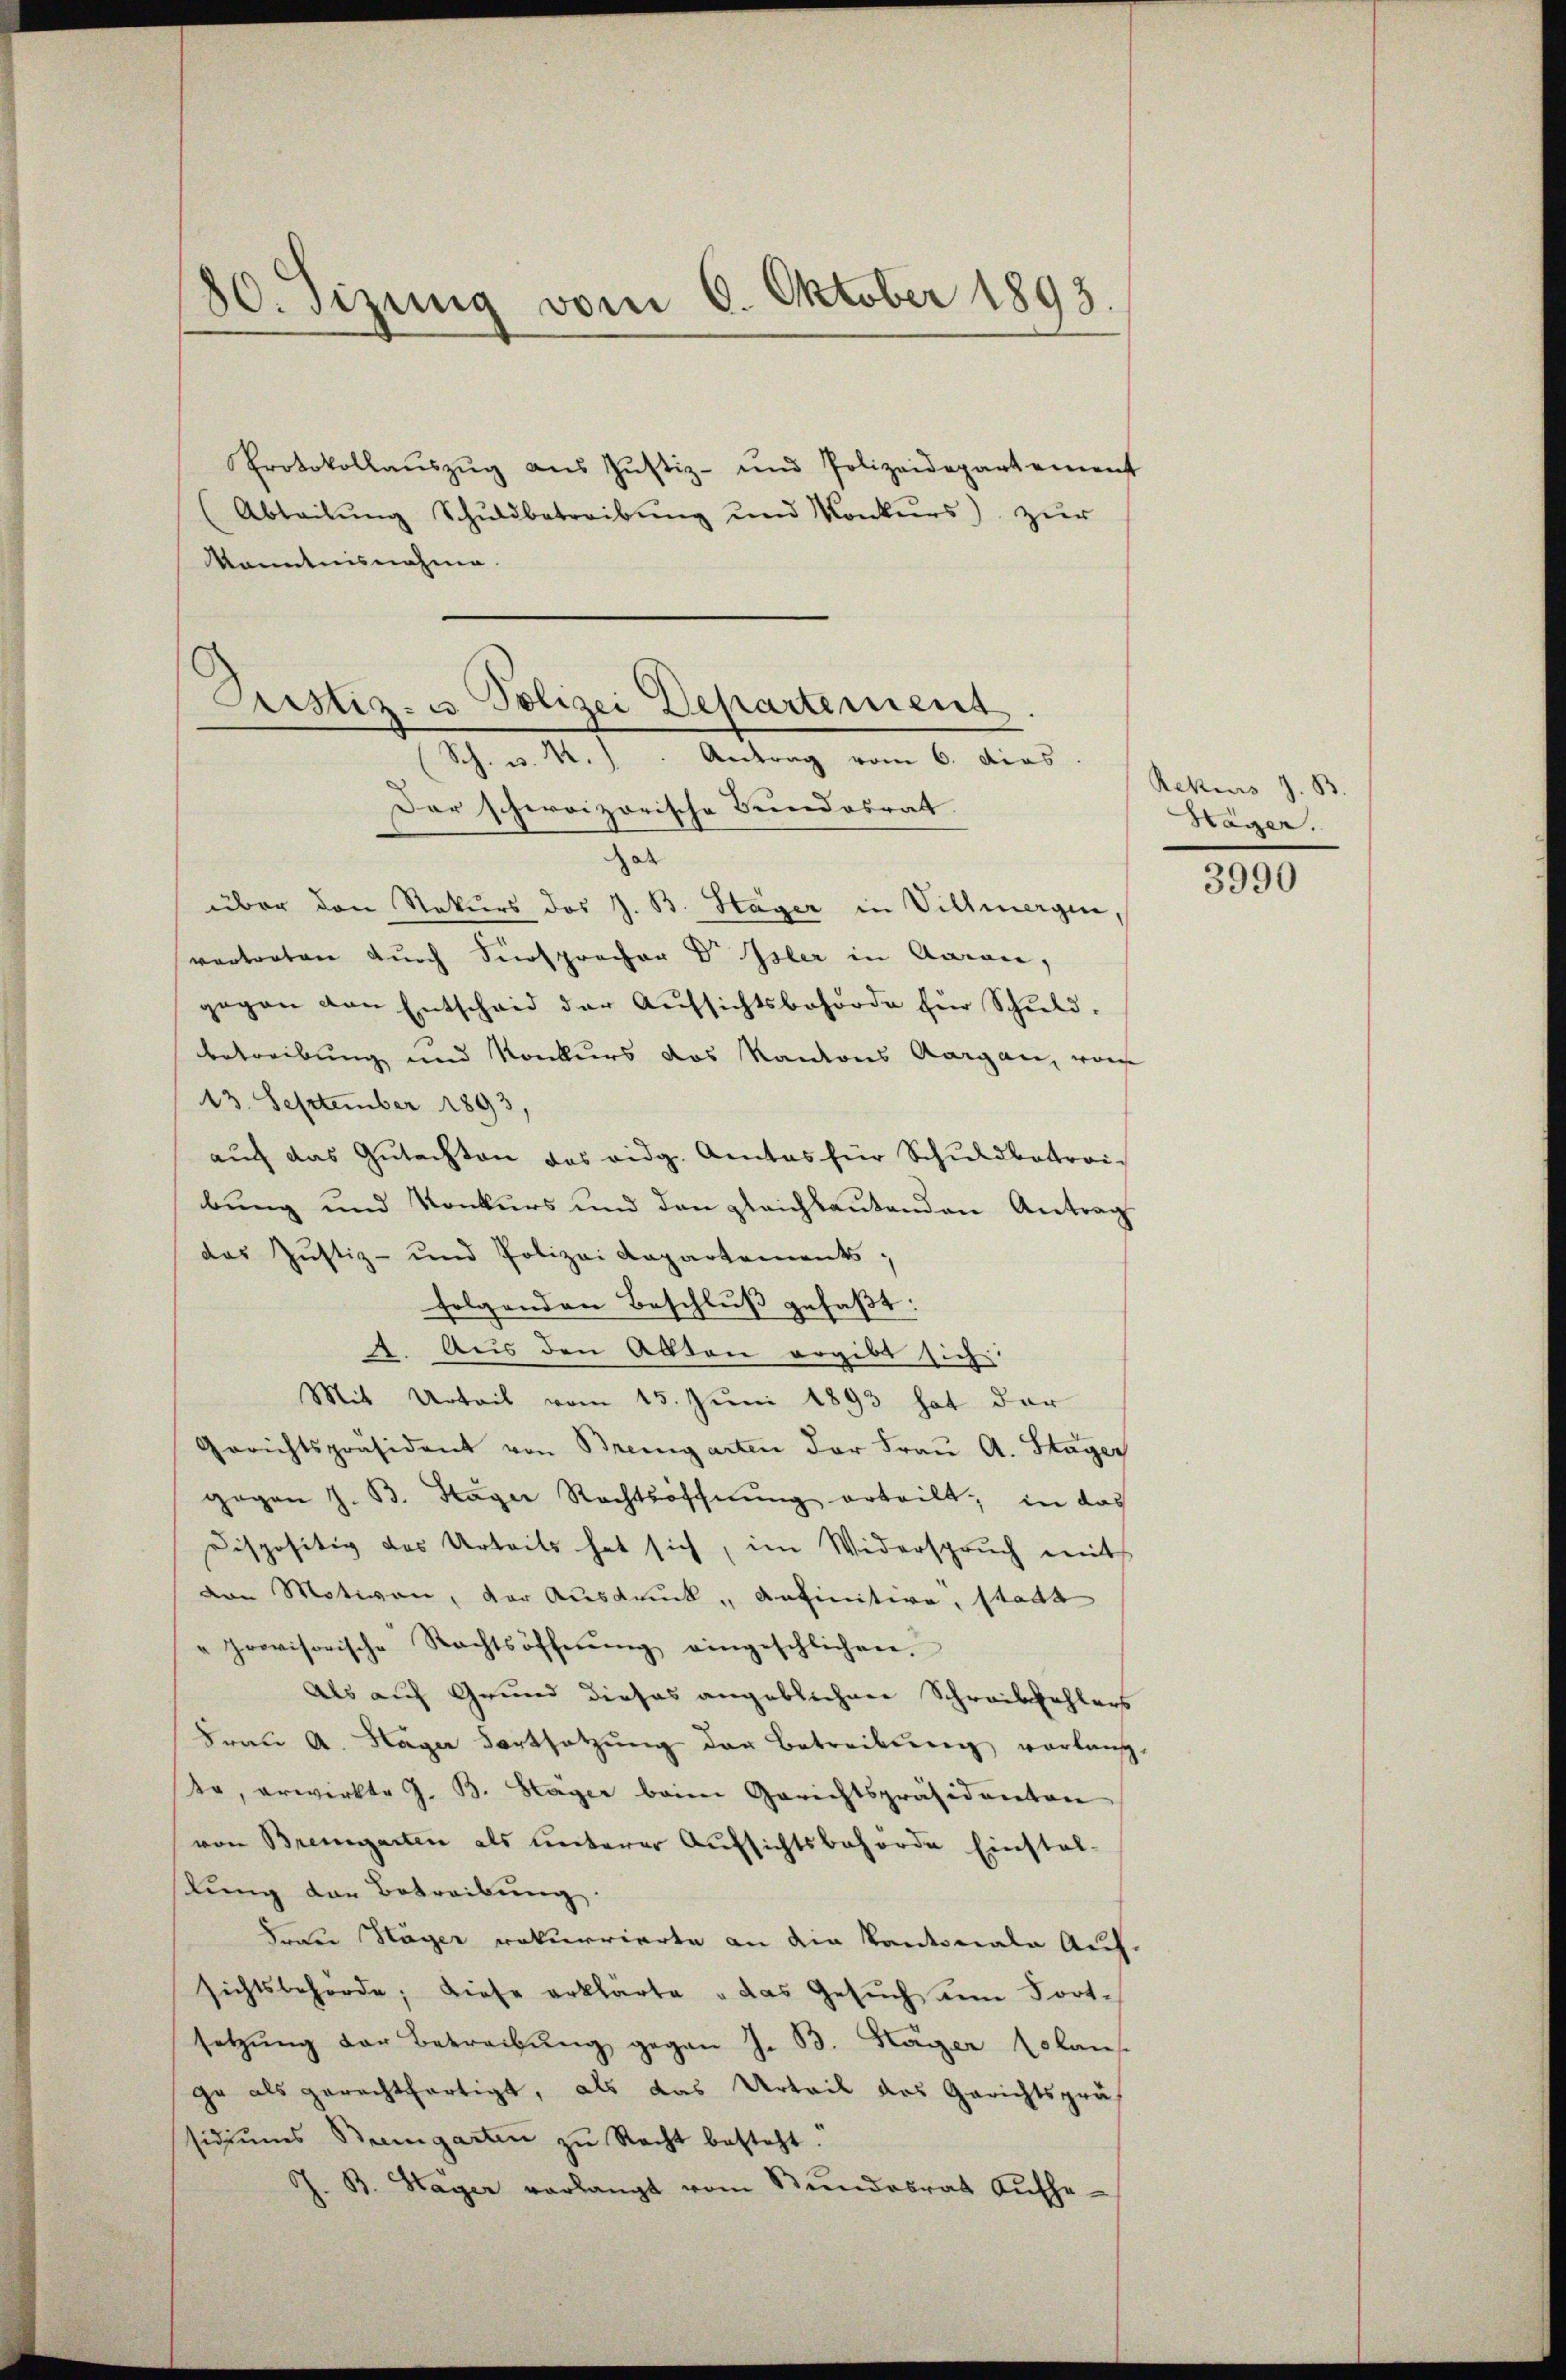
80. Sizung vom 6. Oktober 1893.

Protokollaŭszŭg aŭs Jŭstiz- und Polizeidepartement
(Abteilŭng Schŭldbetreibŭng und Konkŭrs) zŭr
Kenntnisnahme.

Justiz- u. Polizei Departement.
Sch. v. M.). Antrag vom 6. dies

Der schweizerische Bundesrat.
über den Rekurs des J. B. Stäger in Villmergen,
vertreten durch Fürsprocher Dr Isler in Aaran,
gegen den Entscheid der Aŭfsichtsbehörde für Schuld.
betreibung und Konkurs das Kantons Aargau, was
13. September 1893,
aŭf das Gŭtachten des eidg. Amtes für Schuldbetreibung und Konkurs und den gleichbautenden Antrag
das Justiz- und Polizei Aapartements;
folgenden Beschluß gefaßt:
2. Aus den Akten ergibt sich
Mit Urteil vom 15. Juni 1893 hat der
Gerichtspräsident von Bremgarten der Fraŭ A. Stäger
gegen J. B. Sager Rechtsoffnung erteilt; in das
dispositiv des Urteils hat sich, im Widerspruch mit
von Motiven, der Ausdruck, anfinitive, stadt
"provisorische Rechtsöffnŭng eingeschlichen.
Als auf Grund dieses angeblichen Schreibfehlers
Frau A. Hager Fortsetzung der Betreibung vorlang-
Na, erwirkte G. B. Stager beim Gerichtspräsidenten
von Bremgarten als unterer Aufsichtsbehörde Einstal-
lung der Betreibung.
Frau Häger rekurrierte an die Kantonale Auf-
sichtsbehörde; diese erklärte "das Gesuch dem Fortsetzung der Betreibung gegen J. B. Käger solans
ge als gerechtfertigt, als das Urteil das Gerichtspräs
ssidiŭms Baumgarten zu Recht besteht.
J. B. Hager verlangt vom Stundesrat Aŭfhe-

Rekurs z. B.
Hager.

3990